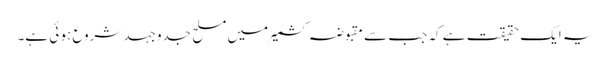
یہ ایک حقیقت ہے کہ جب سے مقبوضہ کشمیر میں مسلح جدوجہد شروع ہو ئی ہے۔